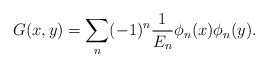
\begin{align*}G(x,y)=\sum_n(-1)^n\frac{1}{E_n}\phi_n(x)\phi_n(y). \end{align*}